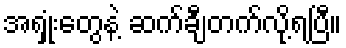
အရှုံးတွေနဲ့ ဆက်ချီတက်လို့ရပြီ။